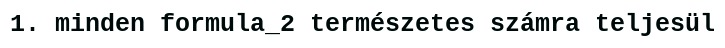
1. minden formula_2 természetes számra teljesül